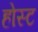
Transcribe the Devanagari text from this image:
होस्‍ट